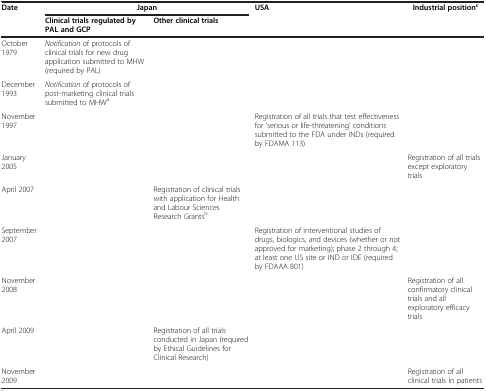
<table><thead><tr><td><b>Date</b></td><td colspan="2"><b>Japan</b></td><td rowspan="2"><b>USA</b></td><td rowspan="2"><b>Industrial position<sup>c</sup></b></td></tr><tr><td><b> </b></td><td><b>Clinical trials regulated by PAL and GCP</b></td><td><b>Other clinical trials</b></td></tr></thead><tbody><tr><td>October 1979</td><td><i>Notification</i> of protocols of clinical trials for new drug application submitted to MHW (required by PAL)</td><td> </td><td> </td><td> </td></tr><tr><td>December 1993</td><td><i>Notification</i> of protocols of post-marketing clinical trials submitted to MHW<sup>a</sup></td><td> </td><td> </td><td> </td></tr><tr><td>November 1997</td><td> </td><td> </td><td>Registration of all trials that test effectiveness for &#x27;serious or life-threatening’ conditions submitted to the FDA under INDs (required by FDAMA 113)</td><td> </td></tr><tr><td>January 2005</td><td> </td><td> </td><td> </td><td>Registration of all trials except exploratory trials</td></tr><tr><td>April 2007</td><td> </td><td>Registration of clinical trials with application for Health and Labour Sciences Research Grants<sup>b</sup></td><td> </td><td> </td></tr><tr><td>September 2007</td><td> </td><td> </td><td>Registration of interventional studies of drugs, biologics, and devices (whether or not approved for marketing); phase 2 through 4; at least one US site or IND or IDE (required by FDAAA 801)</td><td> </td></tr><tr><td>November 2008</td><td> </td><td> </td><td> </td><td>Registration of all confirmatory clinical trials and all exploratory efficacy trials</td></tr><tr><td>April 2009</td><td> </td><td>Registration of all trials conducted in Japan (required by Ethical Guidelines for Clinical Research)</td><td> </td><td> </td></tr><tr><td>November 2009</td><td> </td><td> </td><td> </td><td>Registration of all clinical trials in patients</td></tr></tbody></table>